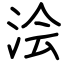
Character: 浍